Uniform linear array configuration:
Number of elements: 64
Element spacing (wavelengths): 0.75
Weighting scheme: hann
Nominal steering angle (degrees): -45
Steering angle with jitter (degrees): -43.291
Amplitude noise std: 0.05
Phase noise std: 0.05

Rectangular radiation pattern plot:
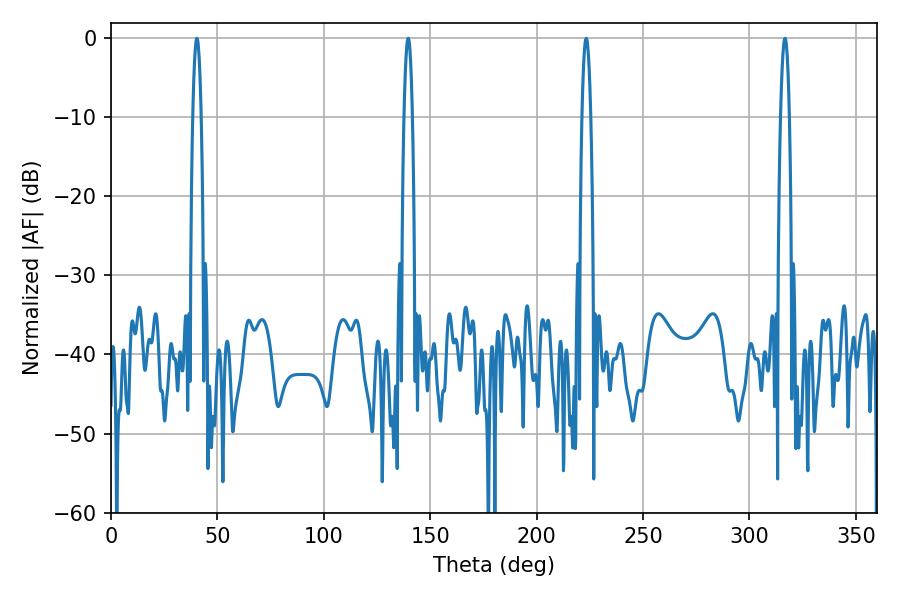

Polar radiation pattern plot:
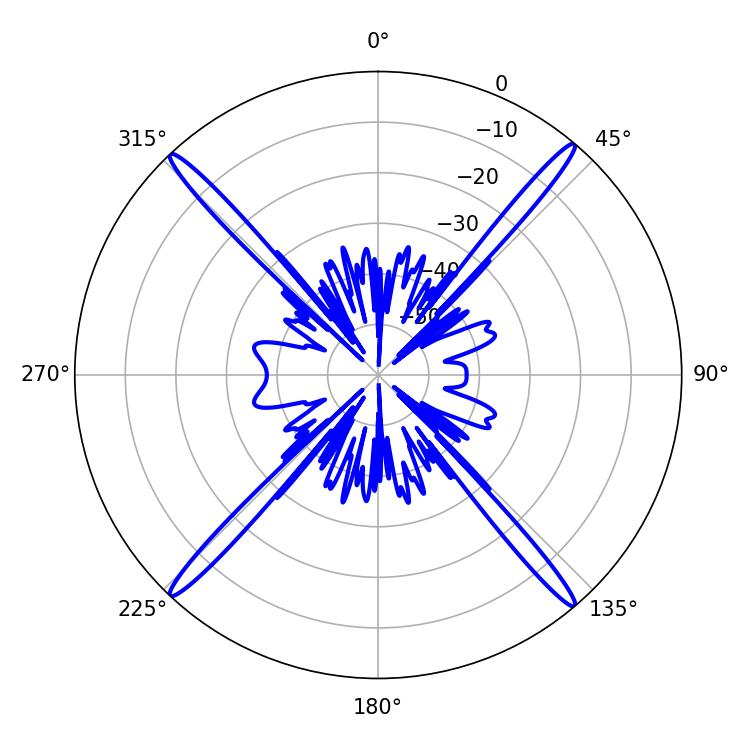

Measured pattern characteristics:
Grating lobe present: TRUE
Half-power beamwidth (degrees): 2.16
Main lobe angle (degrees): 40.32